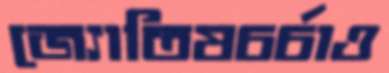
জ্যোতিষচর্চাও